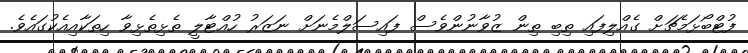
ފުޓްބޯޅަމެޗަށް ގެއްލިފައި ތިބި ތިން ޒުވާނުންވެސް ފައިސަލްމެނަށް ނަޒަރު ހުއްޓާލީ ތެޅިތެޅިވާ ހިތަކާއިއެކުގައެވެ.